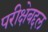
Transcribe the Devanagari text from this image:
परीक्षेबद्दल